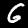
Label: 6